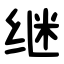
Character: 继